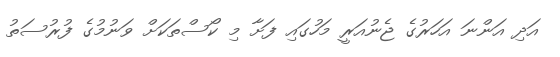
އަދި އަންނަ އަހަރުގެ ޖެނުއަރީ މަހުގައި ފަށާ މި ކޯސްތަކަށް ވަނުމުގެ ފުރުސަތު